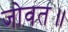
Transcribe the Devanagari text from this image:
जोवत॥